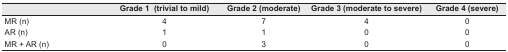
<table><thead><tr><td></td><td><b>Grade 1 (trivial to mild)</b></td><td><b>Grade 2 (moderate)</b></td><td><b>Grade 3 (moderate to severe)</b></td><td><b>Grade 4 (severe)</b></td></tr></thead><tbody><tr><td>MR (n)</td><td>4</td><td>7</td><td>4</td><td>0</td></tr><tr><td>AR (n)</td><td>1</td><td>1</td><td>0</td><td>0</td></tr><tr><td>MR + AR (n)</td><td>0</td><td>3</td><td>0</td><td>0</td></tr></tbody></table>